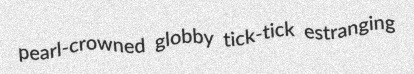
pearl-crowned globby tick-tick estranging